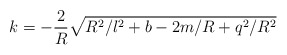
\begin{align*}k = -\frac{2}{R}\sqrt{R^2/l^2+b-2m/R+q^2/R^2}\end{align*}